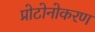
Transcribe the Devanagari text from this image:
प्रोटोनोकरण